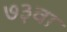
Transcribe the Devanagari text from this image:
७३वा